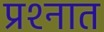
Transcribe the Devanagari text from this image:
प्रश्‍नात